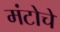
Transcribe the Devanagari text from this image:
मंटोचे